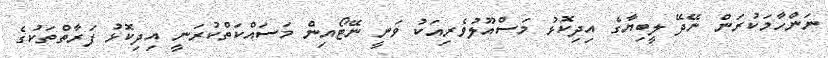
ނަންހާމަކުރަން ނޭދޭ ލީބިޔާގެ އިދިކޮޅު މަސްއޫލުވެރިއަކު ވަނީ ނޭޓޯއިން މަސައްކަތްކުރަނީ އިދިކޮޅު ފަރާތްތަކުގެ